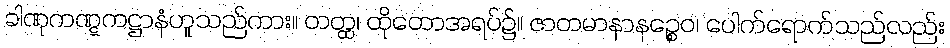
ခါဏုကဏ္ဋကဋ္ဌာနံဟူသည်ကား။ တတ္ထ၊ ထိုတောအရပ်၌။ ဇာတမာနာနဉ္စေဝ၊ ပေါက်ရောက်သည်လည်း